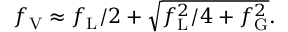
f _ { \mathrm { V } } \approx f _ { \mathrm { L } } / 2 + { \sqrt { f _ { \mathrm { L } } ^ { 2 } / 4 + f _ { \mathrm { G } } ^ { 2 } } } .